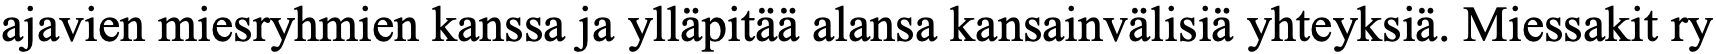
ajavien miesryhmien kanssa ja ylläpitää alansa kansainvälisiä yhteyksiä. Miessakit ry